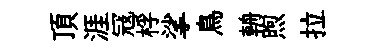
頂涯冦桴挲鳥輈煦拉